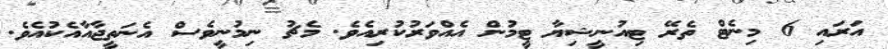
އަރައި 6 މިނެޓް ތެރޭ ޓިއުނީޝިޔާ ޓީމުން އެއްވަރުކުރިއެވެ. މެޗު ނިމުނީވެސް އެނަތީޖާއާއެކުއެވެ.